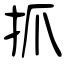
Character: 抓